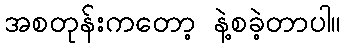
အစတုန်းကတော့ နဲ့စခဲ့တာပါ။